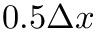
0 . 5 \Delta x